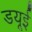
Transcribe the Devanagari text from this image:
डयूई